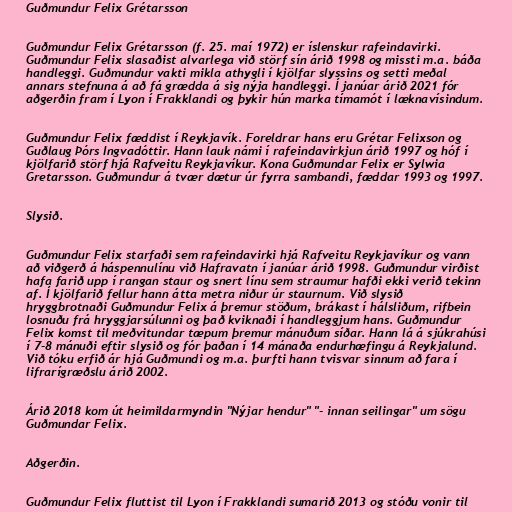
Guðmundur Felix Grétarsson

Guðmundur Felix Grétarsson (f. 25. maí 1972) er íslenskur rafeindavirki.
Guðmundur Felix slasaðist alvarlega við störf sín árið 1998 og missti m.a. báða
handleggi. Guðmundur vakti mikla athygli í kjölfar slyssins og setti meðal
annars stefnuna á að fá grædda á sig nýja handleggi. Í janúar árið 2021 fór
aðgerðin fram í Lyon í Frakklandi og þykir hún marka tímamót í læknavísindum.

Guðmundur Felix fæddist í Reykjavík. Foreldrar hans eru Grétar Felixson og
Guðlaug Þórs Ingvadóttir. Hann lauk námi í rafeindavirkjun árið 1997 og hóf í
kjölfarið störf hjá Rafveitu Reykjavíkur. Kona Guðmundar Felix er Sylwia
Gretarsson. Guðmundur á tvær dætur úr fyrra sambandi, fæddar 1993 og 1997.

Slysið.

Guðmundur Felix starfaði sem rafeindavirki hjá Rafveitu Reykjavíkur og vann
að viðgerð á háspennulínu við Hafravatn í janúar árið 1998. Guðmundur virðist
hafa farið upp í rangan staur og snert línu sem straumur hafði ekki verið tekinn
af. Í kjölfarið fellur hann átta metra niður úr staurnum. Við slysið
hryggbrotnaði Guðmundur Felix á þremur stöðum, brákast í hálsliðum, rifbein
losnuðu frá hryggjarsúlunni og það kviknaði í handleggjum hans. Guðmundur
Felix komst til meðvitundar tæpum þremur mánuðum síðar. Hann lá á sjúkrahúsi
í 7-8 mánuði eftir slysið og fór þaðan í 14 mánaða endurhæfingu á Reykjalund.
Við tóku erfið ár hjá Guðmundi og m.a. þurfti hann tvisvar sinnum að fara í
lifrarígræðslu árið 2002.

Árið 2018 kom út heimildarmyndin "Nýjar hendur" "- innan seilingar" um sögu
Guðmundar Felix.

Aðgerðin.

Guðmundur Felix fluttist til Lyon í Frakklandi sumarið 2013 og stóðu vonir til